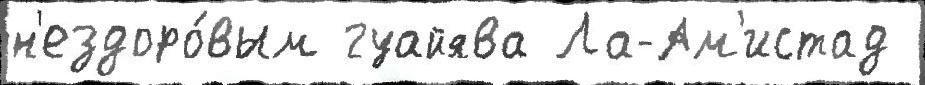
н'ездоро́вым гуайява Ла-Ам'истад